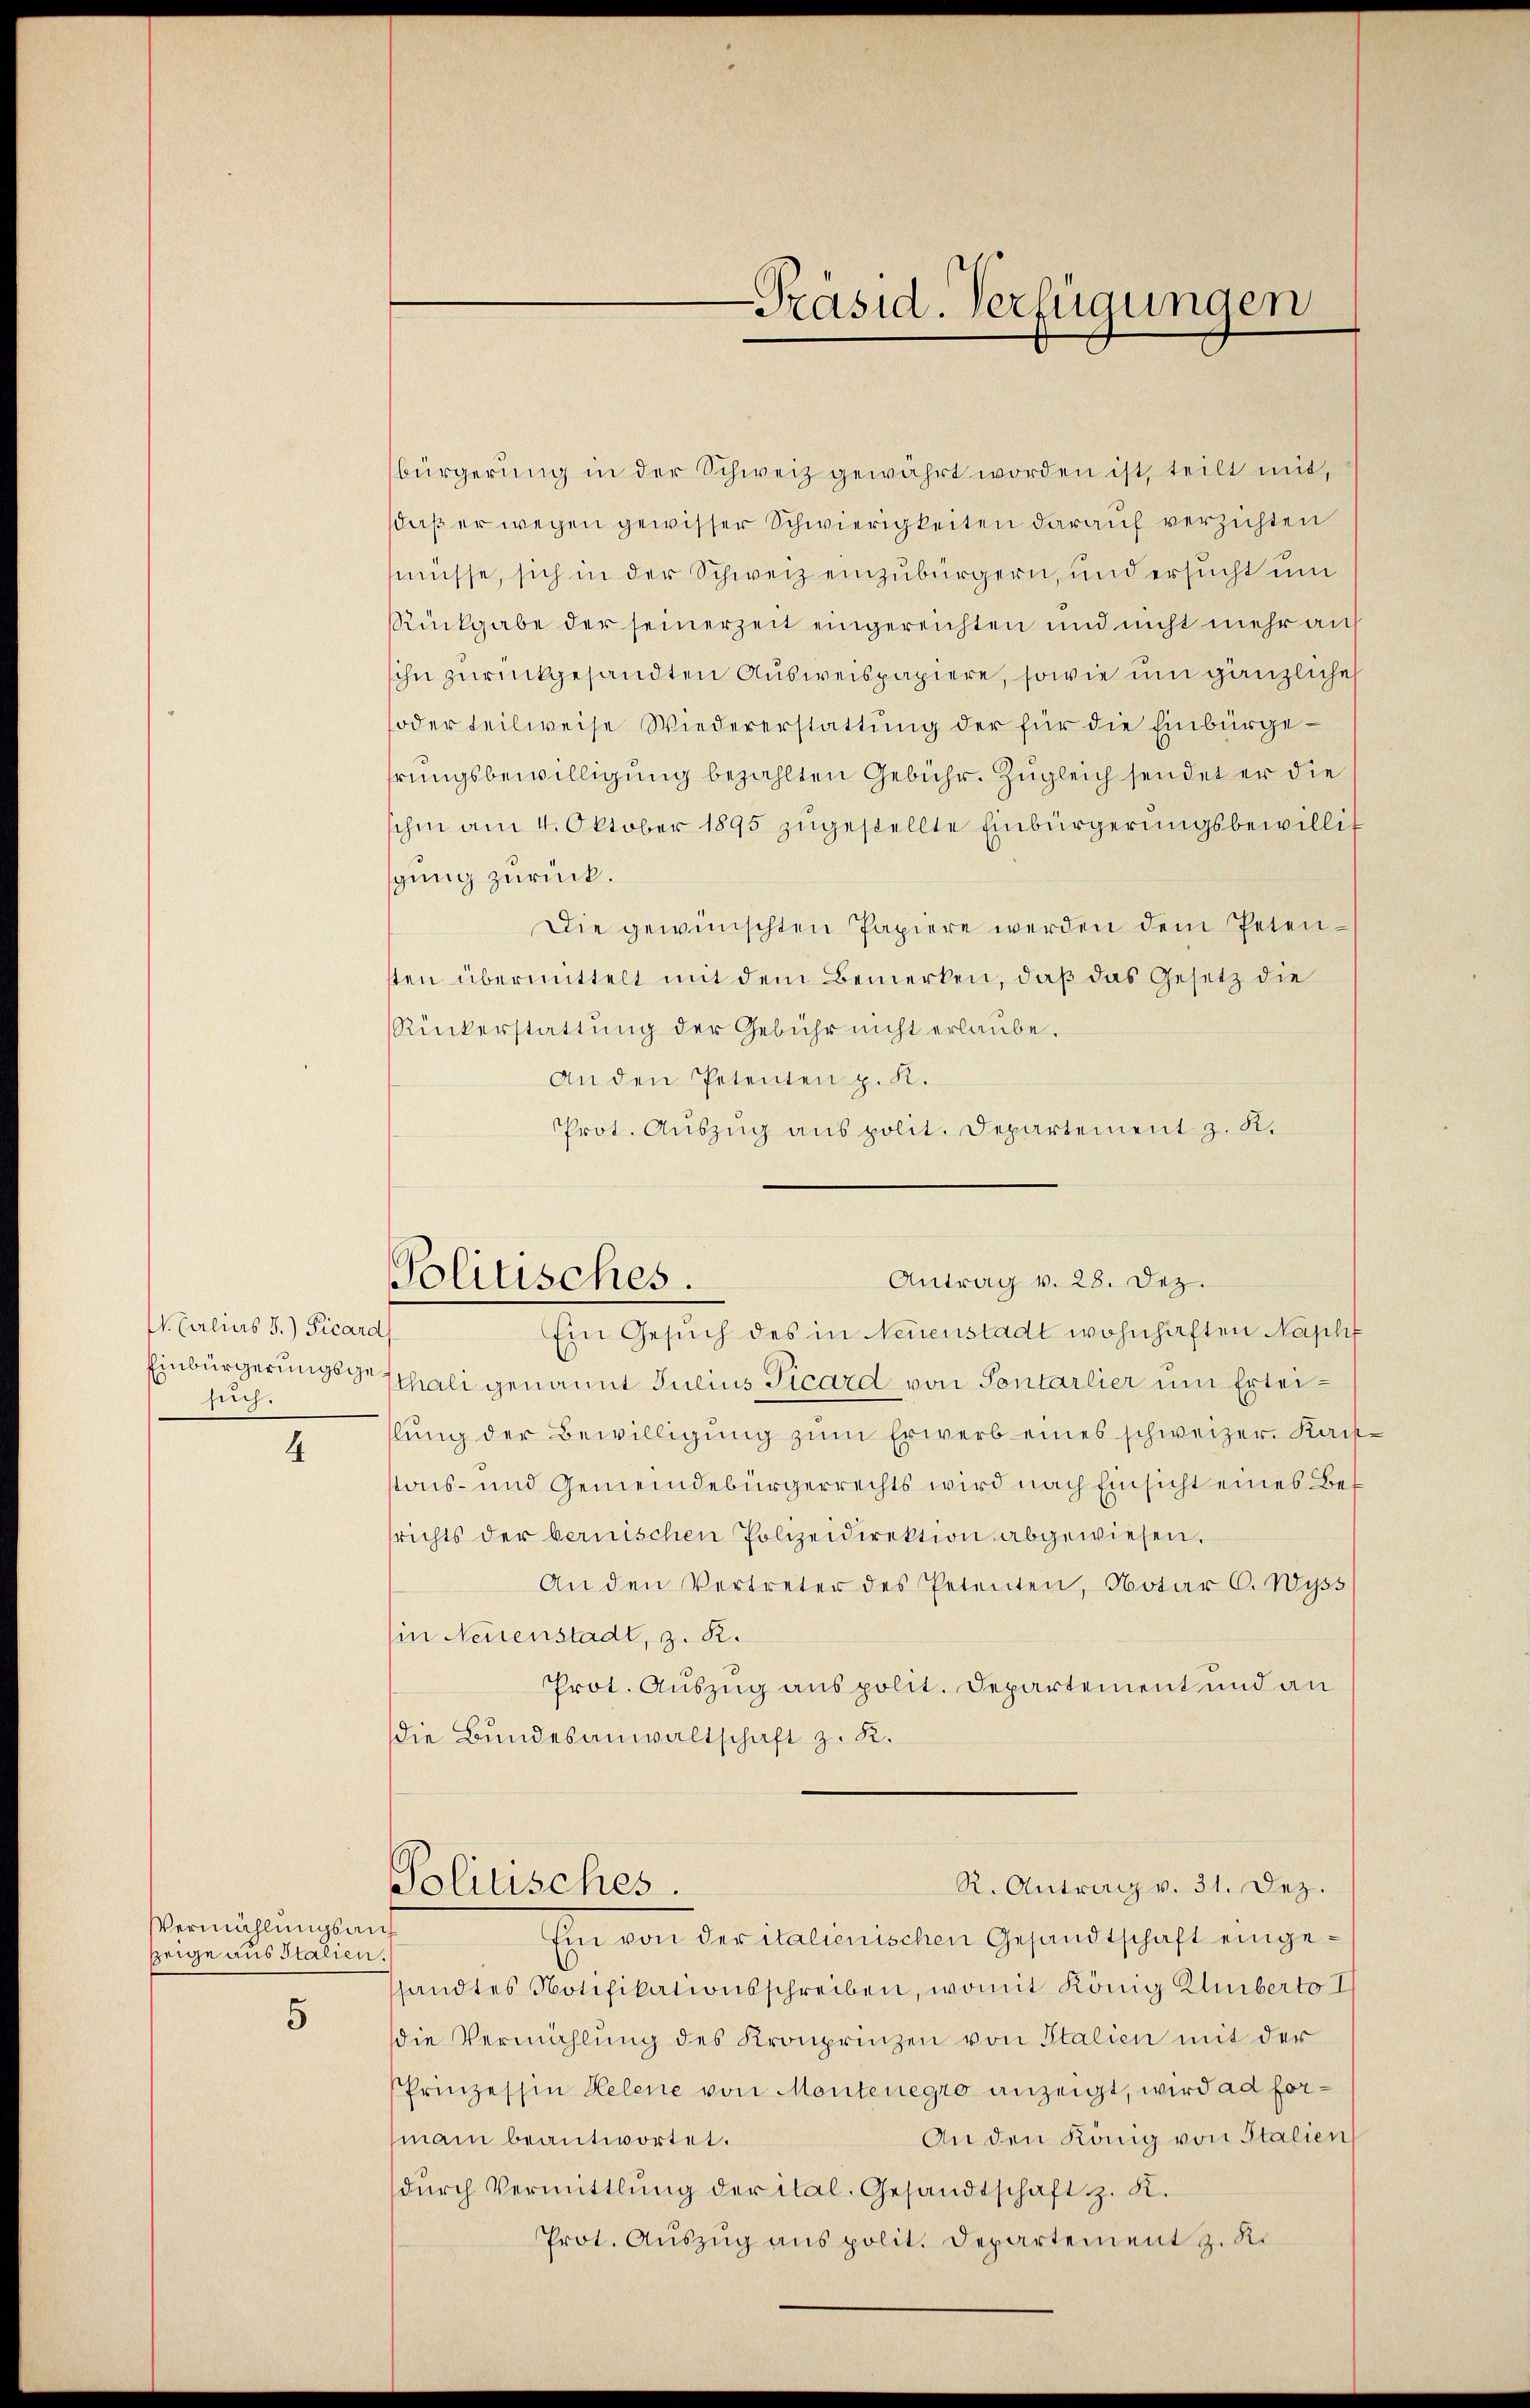
M. Calias 3.) Ficard
such.

4

Vermählungsauf
zeige aus Italien.

5

Präsid. Verfügungen

bürgerung in der Schweiz gewährt worden ist, teilt mit,
daß er wegen gewisser Schwierigkeiten darauf verzichten
müsse, sich in der Schweiz einzubürgern, und ersucht um
Rückgabe der seinerzeit eingereichten und nicht mehr auf
sihn zurückgesandten Ausweispapiere, sowie um gänzliches
oder teilweise Wiedererstattung der für die Einbürgehrungsbewilligung bezahlten Gebühr. Zugleich sendet er die
schen am 4. Oktober 1895 zŭgestellte Einbürgerungsbewillig
gung zurück.
Die gewünschten Papiere werden dem Peten-
tten übermittelt mit dem Bemerken, daß das Gesetz die
Rückerstattung der Gebühr nicht erlaube.
An den Petenten p. K.
Prot. Auszug aus polit. Departement z. K.

Antrag v. 28. Dez.
Politisches.

Ein Gesŭch des in Neuenstadt wohnhaften Naphf
Einbürgerungs Schali genannt Julius Picard von Sontarlier um Erteilung der Bewilligung zum Erwerb eines schweizer. Kaistons- und Gemeindebürgerrechts wird nach Einsicht eines Besrichts der bernischen Polizeidirektion abgewiesen.
An den Vertreter des Petenten, Notar C. Wyss
in Neuenstadt, z. R.
Prot. Auszug aus polit. Departement und an
die Bundesanwaltschaft z. R.

Tolinsches.

Ein von der italienischen Gesandtschaft einge¬
Gandtes Notifikationsschreiben, womit König Kluiberto I
die Vermählung des Kronprinzen von Italien mit der
Prinzessin Helene von Montenegro anzeigt, wird ad for¬
An den König von Italien
main beantwortet.
dŭrch Vermittlung der ital. Gesandtschaft z. R.
Prot. Aŭszŭg ans polit. Departement z. R.

R. Antrag v. 31. Dez.